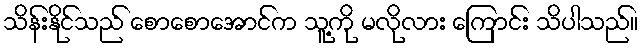
သိန်းနိုင်သည် စောစောအောင်က သူ့ကို မလိုလား ကြောင်း သိပါသည်။